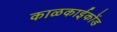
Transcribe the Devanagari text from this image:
काळकाईकोंड